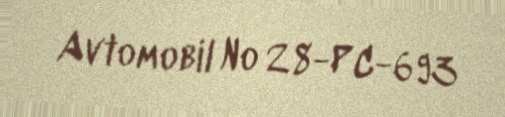
Avtomobil № 28-PC-693